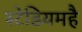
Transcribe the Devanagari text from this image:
स्टेडियमहै